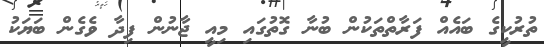
ތުރުކީގެ ބައެއް ފަރާތްތަކުން ބުނާ ގޮތުގައި މިއީ ޖާނުން ފިދާ ވެގެން ބަޔަކު